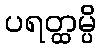
ပရတ္ထမ္ပိ